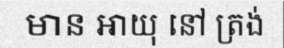
មាន អាយុ នៅ ត្រង់